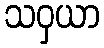
သဝှယာ